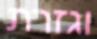
וגזרת